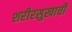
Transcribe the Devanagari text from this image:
शरीरसुखाची